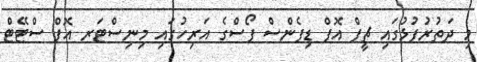
މި ދަތުރުފުޅުގައި ޗީފް އޮފް ޑިފެންސް ފޯސްގެ އަރިހުގައި މިނިސްޓަރ އޮފް ސްޓޭޓް